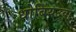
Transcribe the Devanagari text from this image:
धोबियउवा